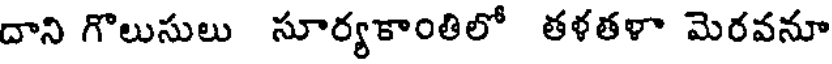
దాని గొలుసులు సూర్యకాంతిలో తళతళా మెరవనూ